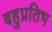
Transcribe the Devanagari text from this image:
बहुप्रतिभ